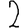
Digit: 2